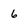
Character: 6